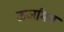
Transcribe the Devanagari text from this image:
ऊर्जामय